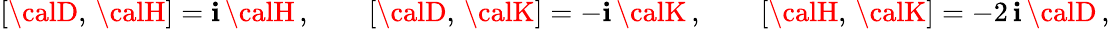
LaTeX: [{\calD},\, {\calH}]=\mathbf{i}\, {\calH}\, ,\qquad[{\calD},\, {\calK}]=-\mathbf{i}\, {\calK}\, ,\qquad[{\calH},\, {\calK}]=-2\, \mathbf{i}\, {\calD}\, ,